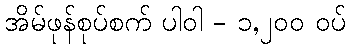
အိမ်ဖုန်စုပ်စက် ပါဝါ - ၁,၂၀၀ ဝပ်